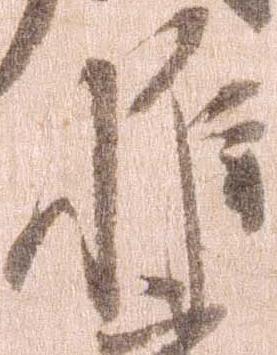
惟